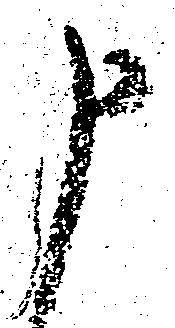
申